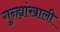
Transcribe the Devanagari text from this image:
गुन्ह्यांखाली